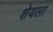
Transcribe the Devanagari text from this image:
शेयला